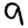
Digit: 9